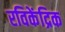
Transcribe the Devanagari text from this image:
रविकेंद्रिक